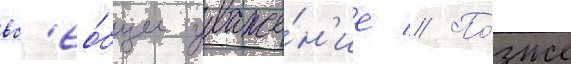
вс'ео́бщее уваже́н'ие // По́зже